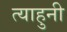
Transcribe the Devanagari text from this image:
त्याहुनी